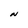
Character: N